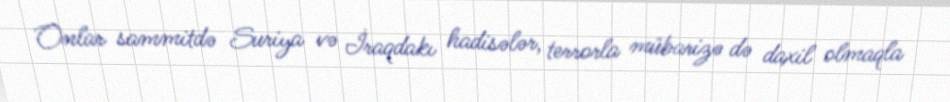
Onlar sammitdə Suriya və İraqdakı hadisələr, terrorla mübarizə də daxil olmaqla